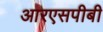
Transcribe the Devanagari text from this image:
आरएसपीबी